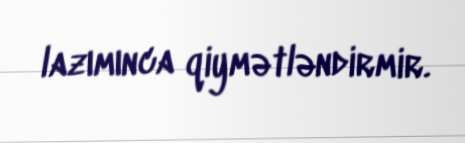
lazımınca qiymətləndirmir.